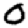
Digit: 0